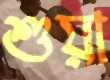
শুয়া